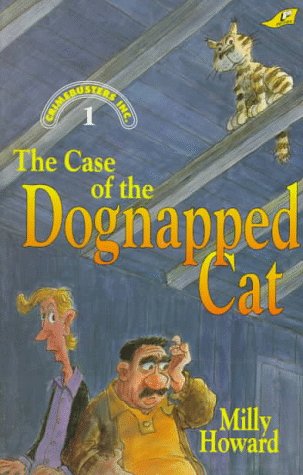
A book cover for The Case of the Dognapped Cat; Milly Howard; Religion & Spirituality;